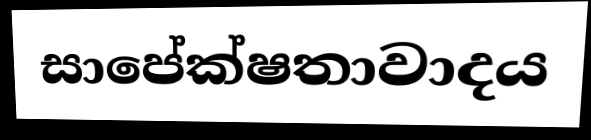
සාපේක්ෂතාවාදය